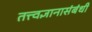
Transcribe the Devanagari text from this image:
तत्त्वज्ञानासंबंधी